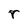
Character: r